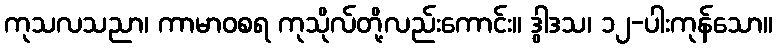
ကုသလသညာ၊ ကာမာဝစရ ကုသိုလ်တို့လည်းကောင်း။ ဒွါဒသ၊ ၁၂-ပါးကုန်သော။